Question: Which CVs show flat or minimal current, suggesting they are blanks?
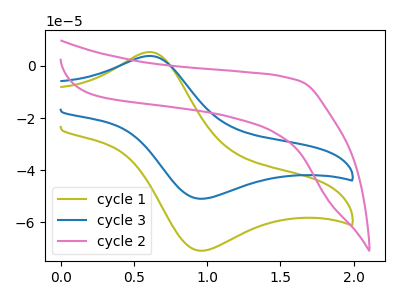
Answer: <think>The olive curve "cycle 1" has an anodic peak at (0.60V, 5.35uA) and a cathodic peak at (0.95V, -70.90uA). The blue curve "cycle 3" has an anodic peak at (0.60V, 3.85uA) and a cathodic peak at (0.95V, -50.95uA). The pink curve "cycle 2" has no peaks.</think>
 <answer>"cycle 2" is likely to be a blank.</answer>
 <eval>cycle 2</eval>